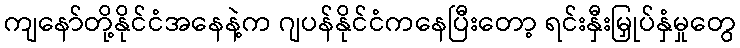
ကျနော်တို့နိုင်ငံအနေနဲ့က ဂျပန်နိုင်ငံကနေပြီးတော့ ရင်းနှီးမြှုပ်နှံမှုတွေ